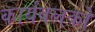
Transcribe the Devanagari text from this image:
कार्यबलको